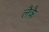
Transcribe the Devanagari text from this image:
लैकै